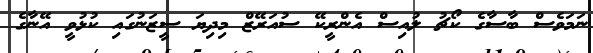
ނަމަވެސް ބާސާގެ ކޯޗު ލުއިސް އެންރީކޭ ސުއަރޭޒް މިދިޔަ ސީޒަނުގައި ކުޅުވީ އޭނާގެ